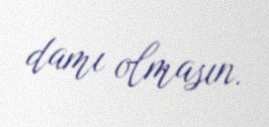
damı olmasın.